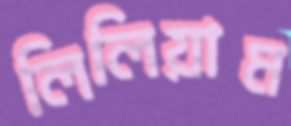
লিলিয়াম